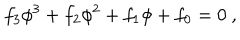
f _ { 3 } \phi ^ { 3 } + f _ { 2 } \phi ^ { 2 } + f _ { 1 } \phi + f _ { 0 } = 0 \ ,